Indian journal of veterinary science and animal husbandry - Volumes 15-17, 1948-1951
Year: 1948
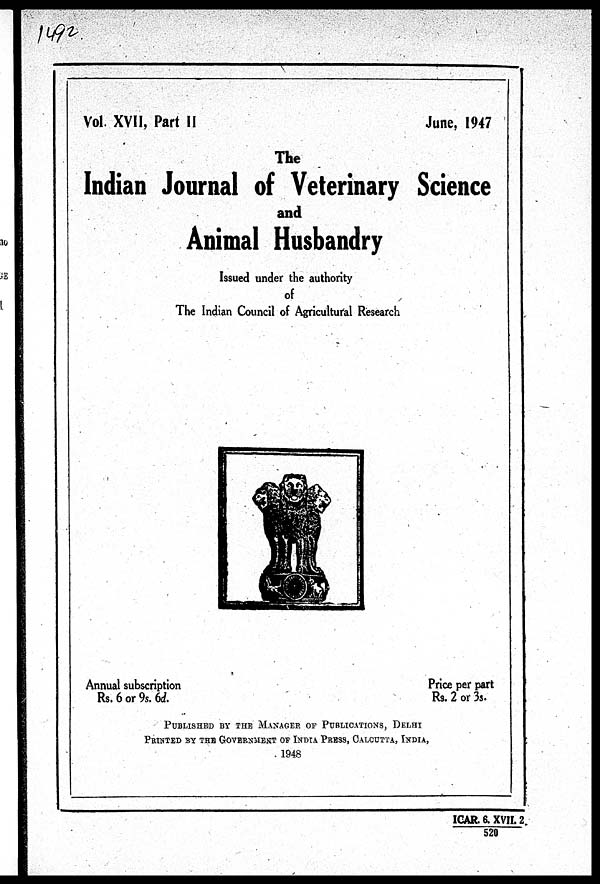
Vol. XVII, Part II
June, 1947
The
Indian Journal of Veterinary Science
and
Animal Husbandry
Issued under the authority
of
The Indian Council of Agricultural Research
Annual subscription
Rs. 6 or 9s. 6d.
Price per part
Rs. 2 or 3s.
PUBLISHED BY THE MANAGER OF PUBLICATIONS, DELHI
PRINTED BY THE GOVERNMENT OF INDIA PRESS, CALCUTTA, INDIA,
1948
ICAR. 6. XVII. 2 / 520